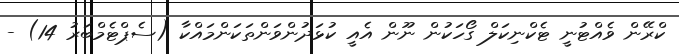
ކްރޭން ވެއްޓުނީ ޓެކްނިކަލް ގޯހަކުން ނޫން އެއީ ކުޅަދުންވަންތަކަންމައްކާ (ސެޕްޓެމްބަރު 14) -